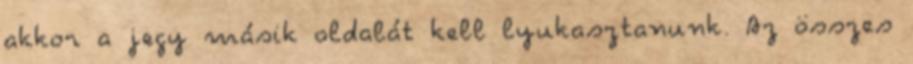
akkor a jegy másik oldalát kell lyukasztanunk. Az összes